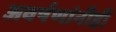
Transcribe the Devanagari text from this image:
अवर्षणांनीही